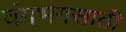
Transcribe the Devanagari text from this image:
वंगभंगसाठी